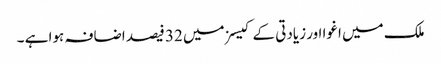
ملک میں اغوا اور زیادتی کے کیسزمیں 32 فیصد اضافہ ہوا ہے ۔